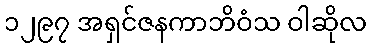
၁၂၉၇ အရှင်ဇနကာဘိဝံသ ဝါဆိုလ